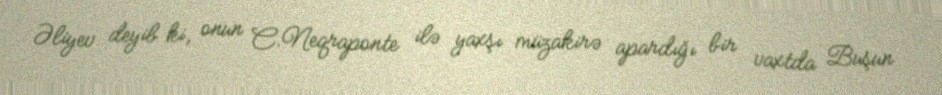
Əliyev deyib ki, onun C.Neqraponte ilə yaxşı müzakirə apardığı bir vaxtda Buşun